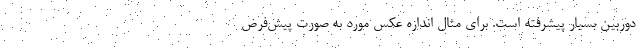
دوربین بسیار پیشرفته است. برای مثال اندازه عکس مورد به صورت پیش‌فرض